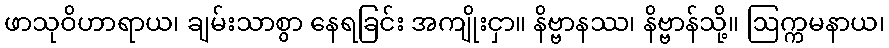
ဖာသုဝိဟာရာယ၊ ချမ်းသာစွာ နေရခြင်း အကျိုးငှာ။ နိဗ္ဗာနဿ၊ နိဗ္ဗာန်သို့။ ဩက္ကမနာယ၊